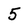
Character: 5